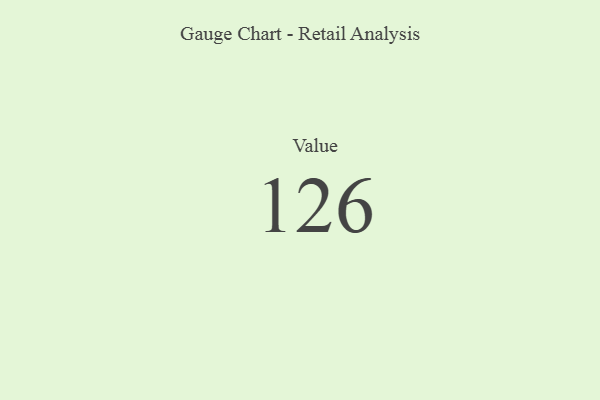
{"axis": {"x": "Metric", "y": "Value"}, "legend": [""], "data": [{"x": "Value", "y": 126, "type": ""}]}